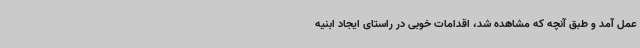
عمل آمد و طبق آنچه که مشاهده شد، اقدامات خوبی در راستای ایجاد ابنیه